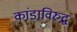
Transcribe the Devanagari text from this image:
कांडाविरुद्ध